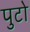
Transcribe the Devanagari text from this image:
पुटो